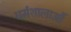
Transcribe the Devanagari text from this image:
धर्मशालाऔं